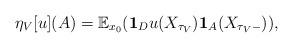
LaTeX: \begin{align*}\eta_V[u](A)=\mathbb E_{x_0}(\mathbf1_Du(X_{\tau_V})\mathbf1_A(X_{\tau_V-})),\end{align*}